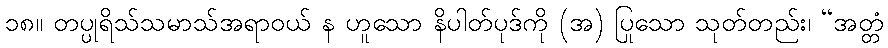
၁၈။ တပ္ပုရိသ်သမာသ်အရာဝယ် န ဟူသော နိပါတ်ပုဒ်ကို (အ) ပြုသော သုတ်တည်း၊ “အတ္တံ